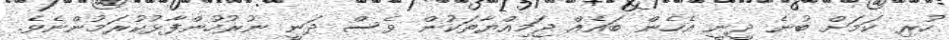
ހުރި ކަމަށް ބުނެ ދީނީ އެހެން ބައެއް ޖަމިއްޔާތަކުން ވެސް ދަނީ ނުރުހުންފާޅުކުރަމުންނެވެ.